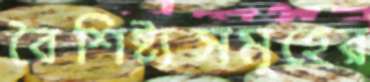
বৈশিষ্ট্যসমূহের